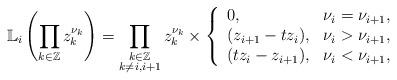
LaTeX: \begin{align*}\mathbb{L}_i \left( \prod_{k \in \mathbb{Z}} z_k^{\nu_k} \right)=\prod_{\substack{k \in \mathbb{Z} \\ k \not=i,i+1}} z_k^{\nu_k}\times\left\{\begin{array}{ll}0, & \nu_i = \nu_{i+1},\\(z_{i+1} - tz_i), & \nu_i > \nu_{i+1},\\(tz_i - z_{i+1}), & \nu_i < \nu_{i+1},\end{array}\right.\end{align*}